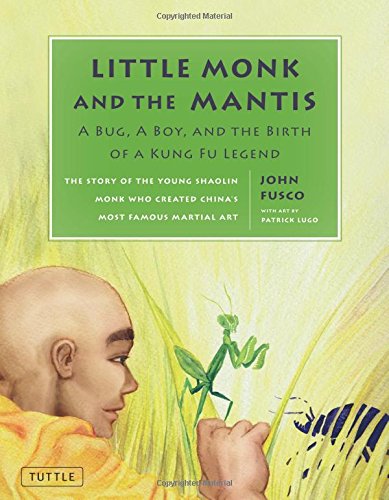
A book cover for Little Monk and the Mantis: A Bug, A Boy, and the Birth of a Kung Fu Legend; John Fusco; Children's Books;